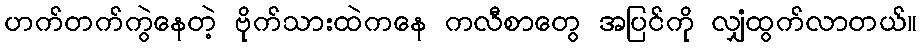
ဟက်တက်ကွဲနေတဲ့ ဗိုက်သားထဲကနေ ကလီစာတွေ အပြင်ကို လျှံထွက်လာတယ်။